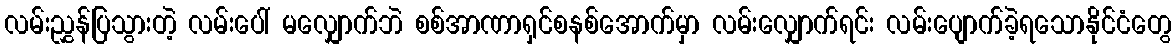
လမ်းညွှန်ပြသွားတဲ့ လမ်းပေါ် မလျှောက်ဘဲ စစ်အာဏာရှင်စနစ်အောက်မှာ လမ်းလျှောက်ရင်း လမ်းပျောက်ခဲ့ရသောနိုင်ငံတွေ